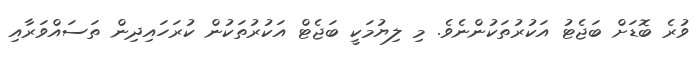
ވުރެ ބޮޑަށް ބަޖެޓު އަކުރުތަކުންނެވެ. މި ލިޔުމަކީ ބަޖެޓް އަކުރުތަކުން ކުރަހައިދިން ތަސައްވަރާއި